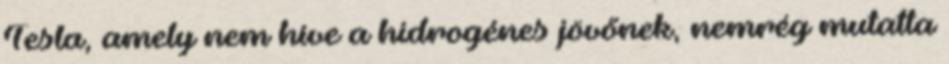
Tesla, amely nem híve a hidrogénes jövőnek, nemrég mutatta